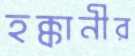
হক্কানীর